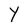
Character: Y